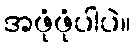
အဖုံဖုံပါပဲ။